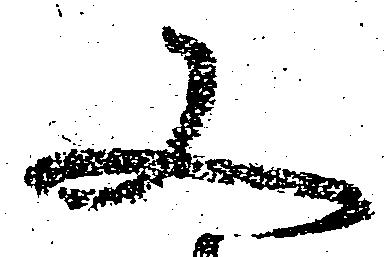
又